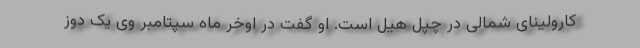
کارولینای شمالی در چپل هیل است. او گفت در اوخر ماه سپتامبر وی یک دوز